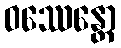
ဝဿေန္တော